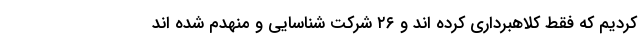
کردیم که فقط کلاهبرداری کرده اند و ۲۶ شرکت شناسایی و منهدم شده اند